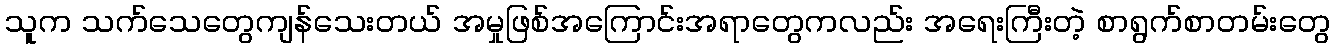
သူက သက်သေတွေကျန်သေးတယ် အမှုဖြစ်အကြောင်းအရာတွေကလည်း အရေးကြီးတဲ့ စာရွက်စာတမ်းတွေ